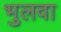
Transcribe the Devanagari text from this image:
भुलवा